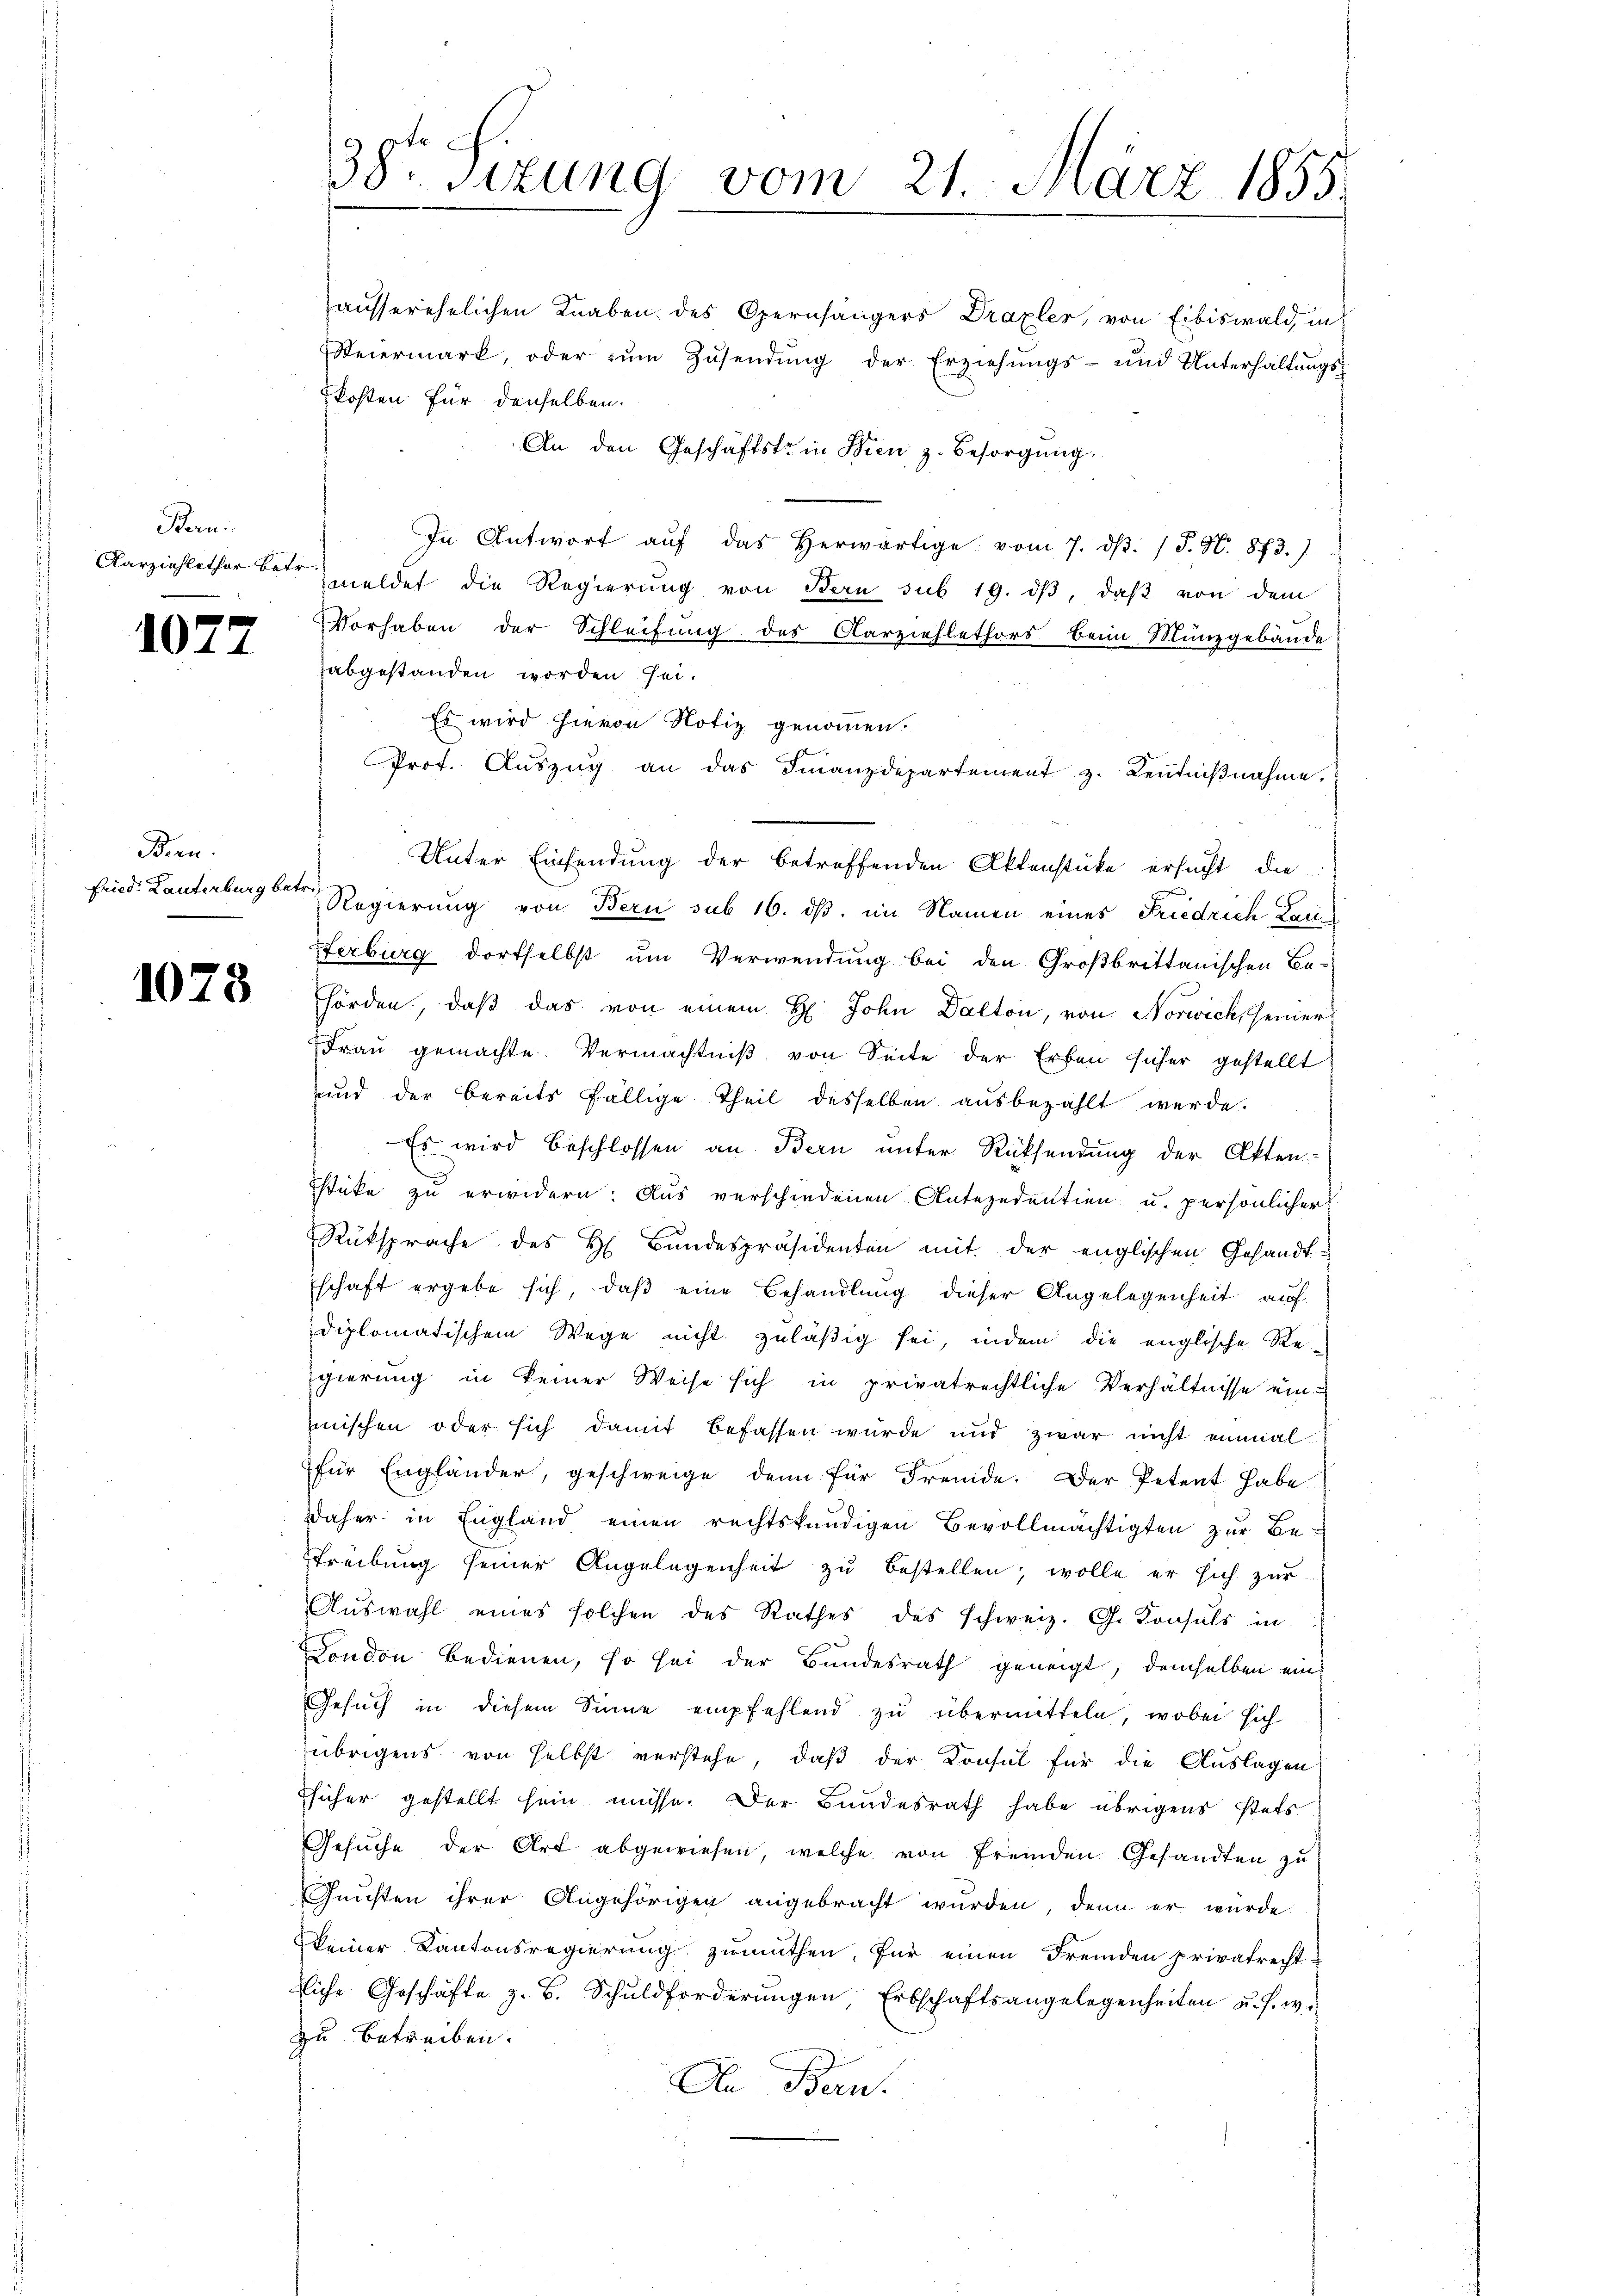
Bern

1077

Ban
fried. Lautenburg betr.

1078

zausserehelichen Knaben des Opernhängers Draxler, von Eibiswald in
eiermark, oder zŭm Zŭsendŭng der Erziehŭngs- und Unterhaltŭngs-
kosten für denselben.
An den Geschäftste in Wien z. Besorgŭng
In Antwort aŭf das herwärtige vom 7. dβ. / P. N. 873.).
Aarziehlether betr. meldet die Regierung von Bern sub 19. dβ, daß von dem
Vorhaben der Schleifung des Aarziehlethors beim Münzgebäude
zabgestanden worden sei.
Es wird hievon Notiz genommen.
Prot. Aŭszŭg an das Finanzdepartement z. Keṅtniβnahme,
Unter Einsendung der betreffenden Aktenstücke ersucht die
Regierung von Bern sub 16. ds. im Namen eines Friedrich Lau
Hferburg dortselbst um Verwendung bei den Großbrittanischen Be-
hörden, daß das von einem H. John Dalton, von Norwich, seiner
Fraŭ gemachte Vermächtniβ von Seite der Erben sicher gestellt
und der bereits fällige Theil desselben aŭsbezahlt werde.
Es wird beschlossen an Bern unter Rücksendung der Akten-
sticke zu erwidern: Aus verschiedenen Antezedentien u. persönlicher
Rüksprache des H. Bundespräsidenten mit der englischen Gesandtschaft ergebe sich, daβ eine Behandlung dieser Angelegenheit auf
diplomatischem Wege nicht zuläßig sei, indem die englische Re-
gierung in keiner Weise sich in privatrechtliche Verhältnisse ein
mischen oder sich damit befassen wurde und zwar nicht einmal
für Engländer, geschweige dann für Fremde. Der Petent habe
daher in England einen rechtskundigen Bevollmächtigten zŭr Be-
Streibung seiner Angelegenheit zu bestellen, wolle er sich zur
Auswahl eines solchen des Rathes des schweiz. G. Konsuls in
Dondon bedienen, so sei der Bundesrath geneigt, demselben ein¬
Gesuch in diesem Sinne empfehlend zu übermitteln, wobei sich
übrigens von selbst verstehe, daß der Konsul für die Auslagen
sicher gestellt sein müsse. Der Bundesrath habe übrigens stets
Gesŭche der Art abgewiesen, welche von fremden Gesandten zu
Gunsten ihrer Angehörigen angebracht wurden, denn er wurde
keiner Kantonsregierung zumuthen, für einen Fremden privatrecht-
liche Geschäfte z. B. Schuldforderŭngen Erbschaftsangelegenheiten u. s. w.
zu betreiben.
An Bern.

38te Sizung vom 21. März 1855.